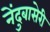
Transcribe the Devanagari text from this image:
नेंदुबासेरी